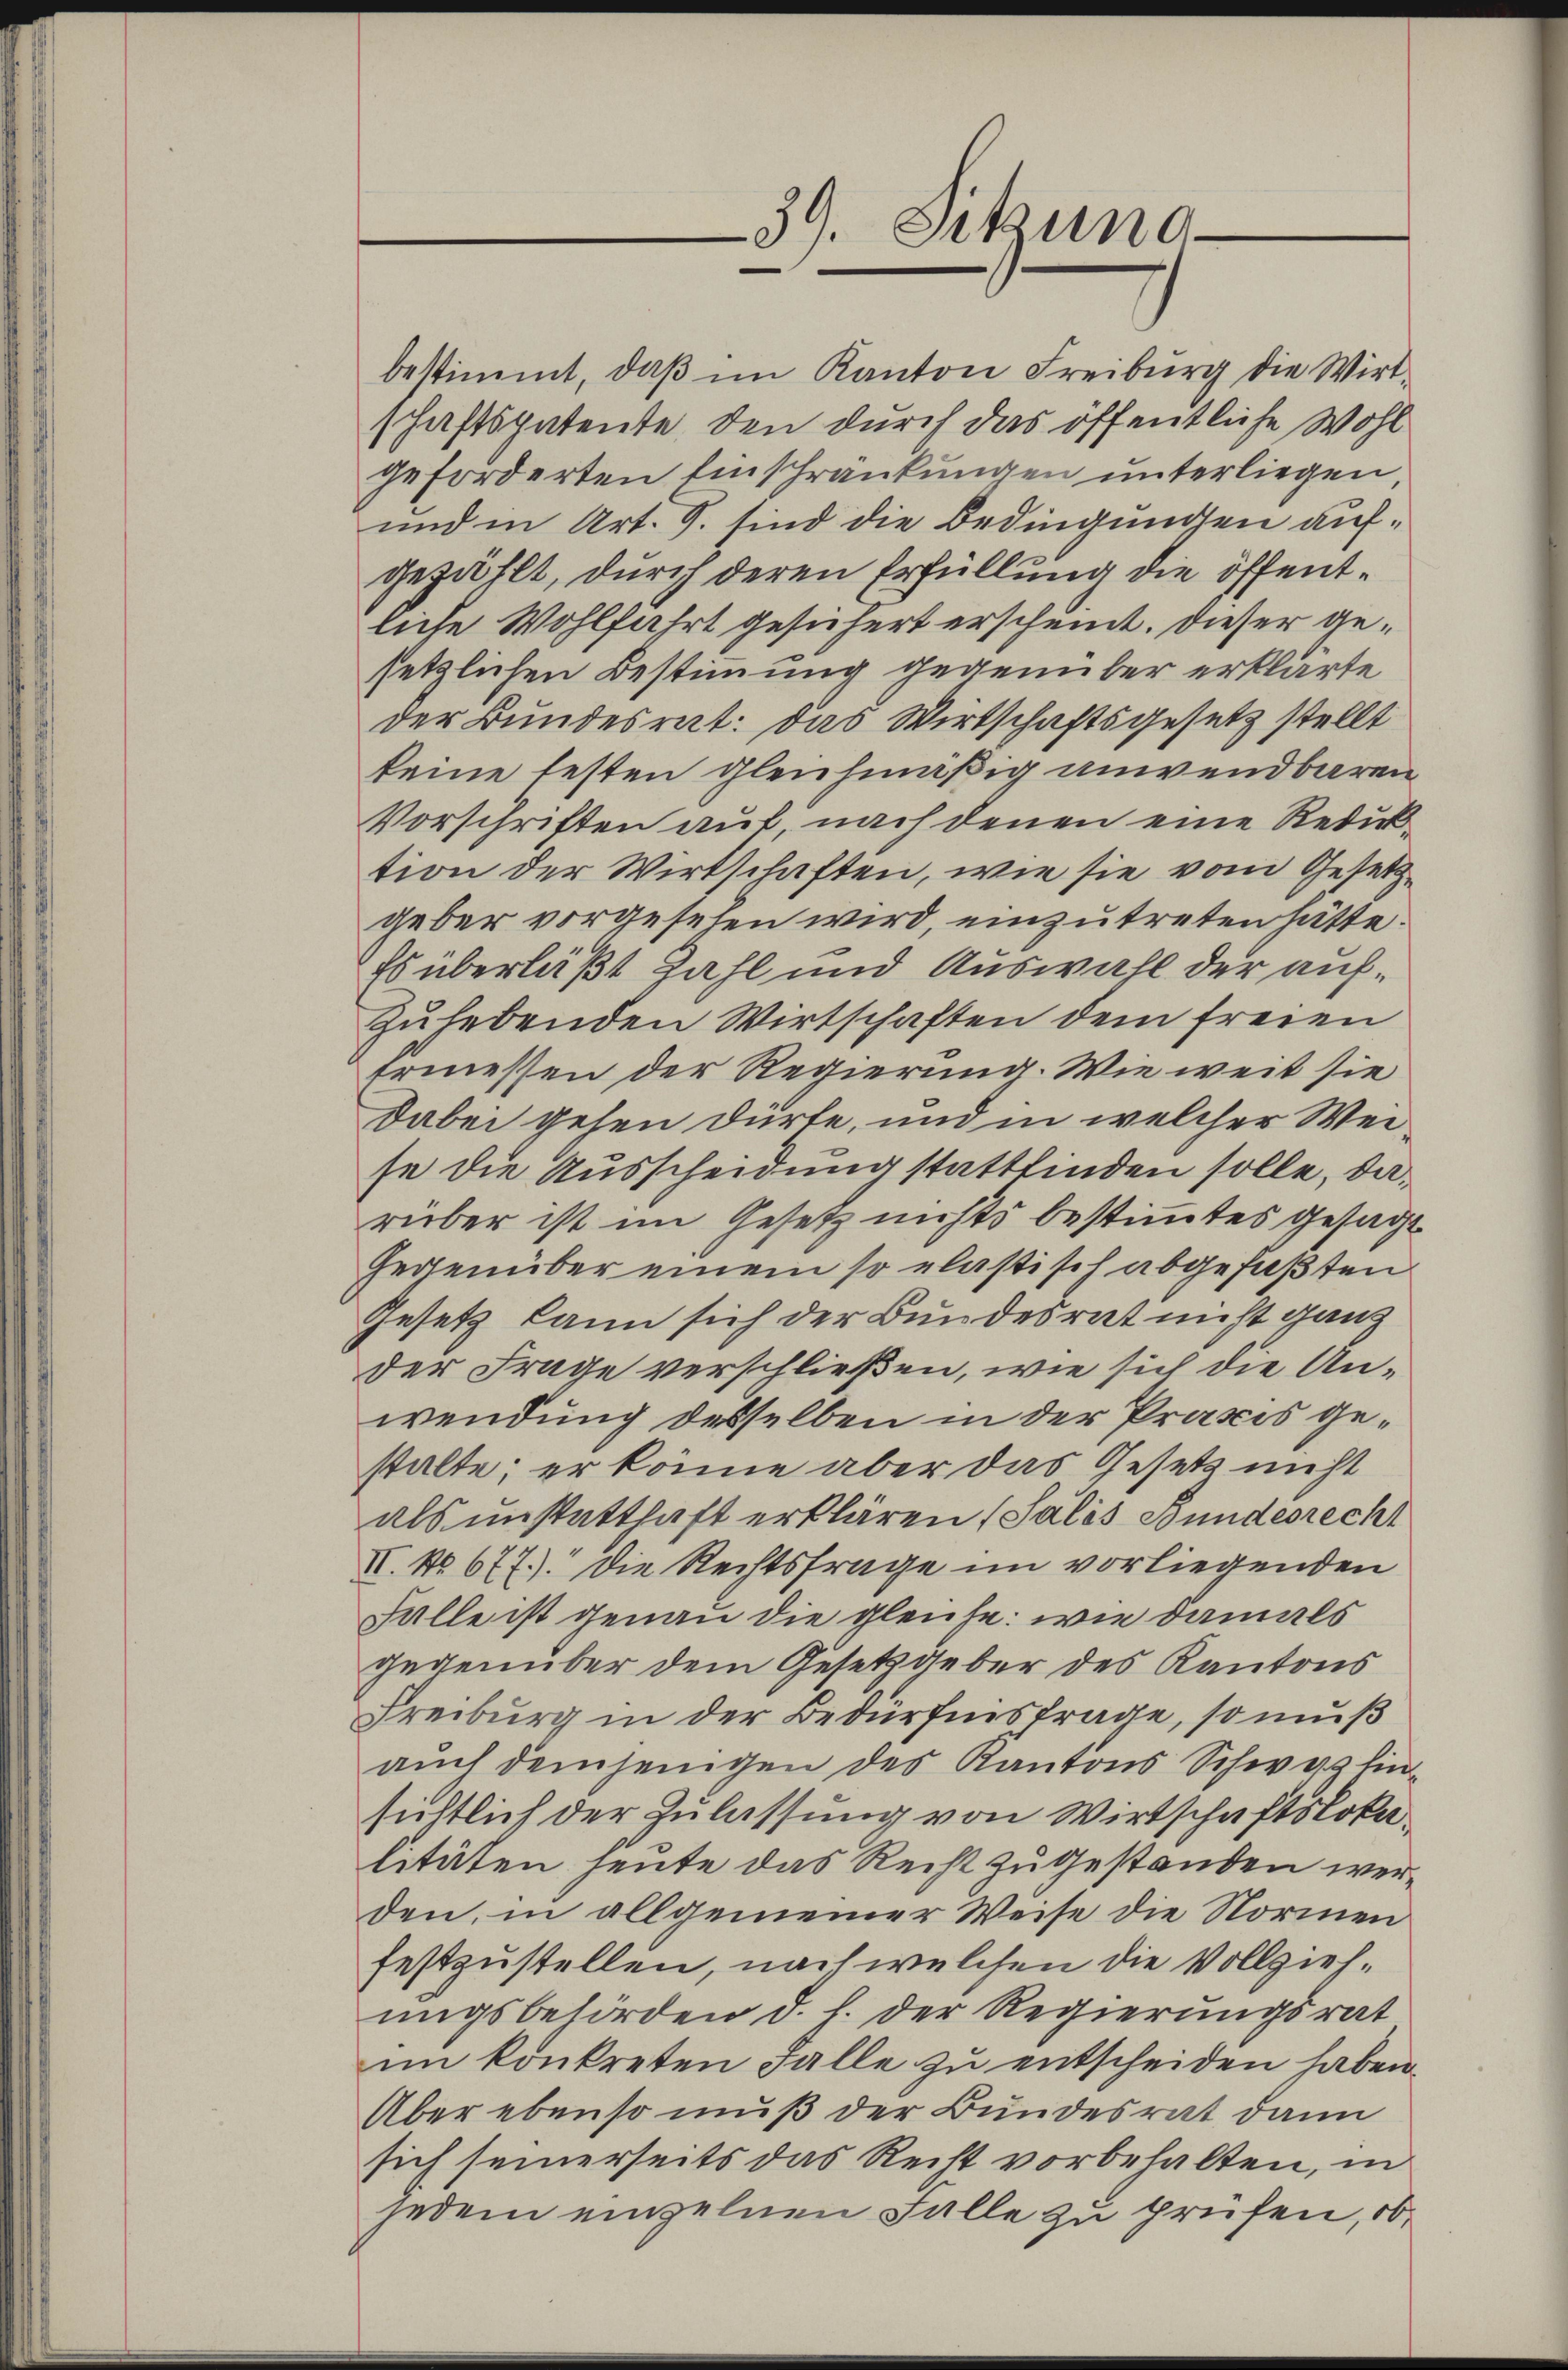
bestimmt, daß im Kanton Freiburg die Wirt-
schaftspatente, den durch das öffentliche Wohl
geforderten Einschränkungen unterliegen,
und in Art. S. sind die Bedingungen aufgezählt, durch deren Erfüllung die öffentliche Wohlfahrt gesichert erscheint. Dieser gesetzlichen Bestimmung gegenüber erklärte
der Bundesrat: das Wirtschaftsgesetz stellt
keine festen gleichmäßig anwendbaren
Vorschriften auf, nach denen eine Reduktion der Wirtschaften, wie sie vom Gesetzgeber vorgesehen wird, einzutreten hätte.
Es überläßt Zahl und Auswahl der aufzuhebenden Wirtschaften dem freien
Ermessen der Regierung. Wie weit sie
Dabei gehen dürfe, und in welcher Weise die Ausscheidung stattfinden solle, darüber ist im Gesetz nichts bestimmtes gesagt
Gegenüber einem so elastisch abgefaßten
Gesetz kann sich der Bundesrat nicht ganz
der Frage verschließen, wie sich die Anwendung desselben in der Praxis gestalte; er könne aber das Gesetz nicht
als unstatthaft erklären (Salis Bundesrecht
II. No 677). Die Rechtsfrage im vorliegenden
Falle ist genau die gleiche: wie damals
gegenüber dem Gesetzgeber des Kantons
Freiburg in der Bedürfnisfrage, so muß
aŭch demjenigen des Kantons Schwyz hin-
sichtlich der Zulassung von Wirtschaftslokalitäten heute das Recht zu gestanden werden, in allgemeiner Weise die Normen
festzustellen, nach welchen die Vollziehungsbehörden d. h. der Regierungsrat
im konkreten Falle zu entscheiden haben.
Aber ebenso muß der Bundesrat dann
sich seinerseits das Recht vorbehalten, in
jedem einzelnen Falle zu prüfen, ob

39. Sitzung